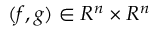
( f , g ) \in R ^ { n } \times R ^ { n }